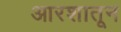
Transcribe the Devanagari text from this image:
आरशातून